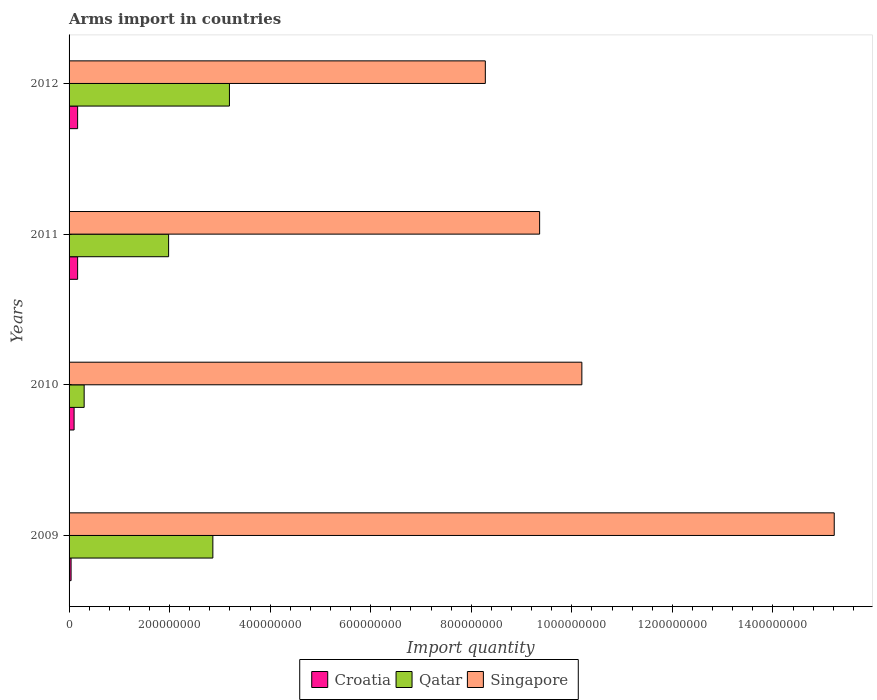
| Years | Croatia | Qatar | Singapore |
 | --- | --- | --- | --- |
 | 2009 | 4e+06 | 2.86e+08 | 1.52e+09 |
 | 2010 | 1e+07 | 3e+07 | 1.02e+09 |
 | 2011 | 1.7e+07 | 1.98e+08 | 9.36e+08 |
 | 2012 | 1.7e+07 | 3.19e+08 | 8.28e+08 |